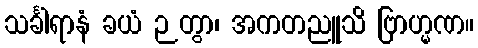
သင်္ခါရာနံ ခယံ ဉတွာ၊ အကတညူသိ ဗြာဟ္မဏ။